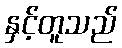
နှင့်တူသည်